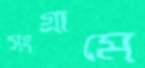
সংগ্রামে